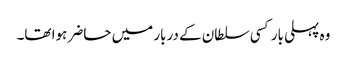
وہ پہلی بار کسی سلطان کے دربار میں حاضر ہوا تھا۔